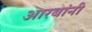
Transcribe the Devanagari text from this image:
आरबांनी